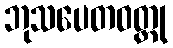
ဘုသပေတဝတ္ထု